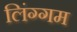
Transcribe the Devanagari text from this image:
लिंग्गम